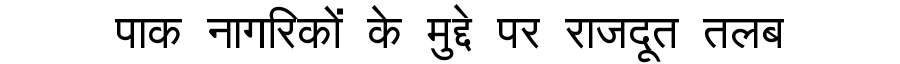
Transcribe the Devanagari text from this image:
पाक नागरिकों के मुद्दे पर राजदूत तलब